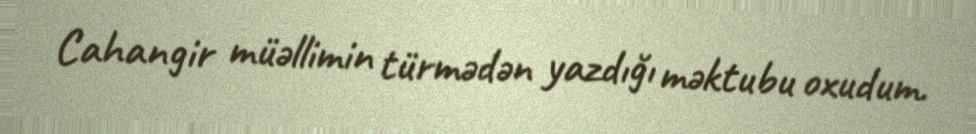
Cahangir müəllimin türmədən yazdığı məktubu oxudum.